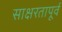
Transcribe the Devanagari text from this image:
साक्षरतापूर्व